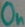
Text: On